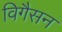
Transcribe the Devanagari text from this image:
विगैसन